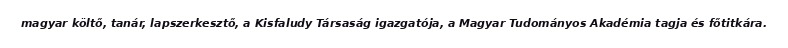
magyar költő, tanár, lapszerkesztő, a Kisfaludy Társaság igazgatója, a Magyar Tudományos Akadémia tagja és főtitkára.